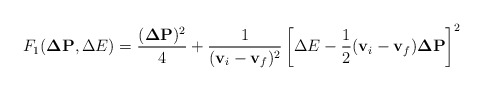
\begin{align*}F_1 ({\bf \Delta P}, \Delta E) = \frac{({\bf \Delta P})^2}{4} + \frac{1}{({\bf v}_i - {\bf v}_f)^2} \left[ \Delta E - \frac{1}{2} ( {\bf v}_i - {\bf v}_f) {\bf \Delta P} \right]^2\end{align*}